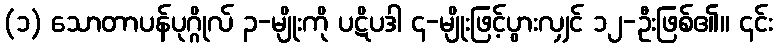
(၁) သောတာပန်ပုဂ္ဂိုလ် ၃-မျိုးကို ပဋိပဒါ ၄-မျိုးဖြင့်ပွားလျှင် ၁၂-ဦးဖြစ်၏။ ၎င်း